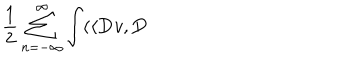
\frac { 1 } { 2 } \sum _ { n = - \infty } ^ { \infty } \int ( \langle \mathbf { D } v , \mathbf { D }